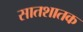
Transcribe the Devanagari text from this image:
सातशातक